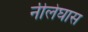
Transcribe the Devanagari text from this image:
नीलेघास